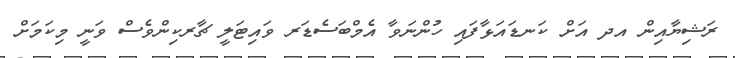
ރަޝިޔާއިން އދ އަށް ކަނޑައަޅާފައި ހުންނަވާ އެމްބަސެޑަރ ވައިޓަލީ ޗާރކިންވެސް ވަނީ މިކަމަށް